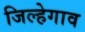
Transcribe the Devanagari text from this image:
जिल्हेगाव